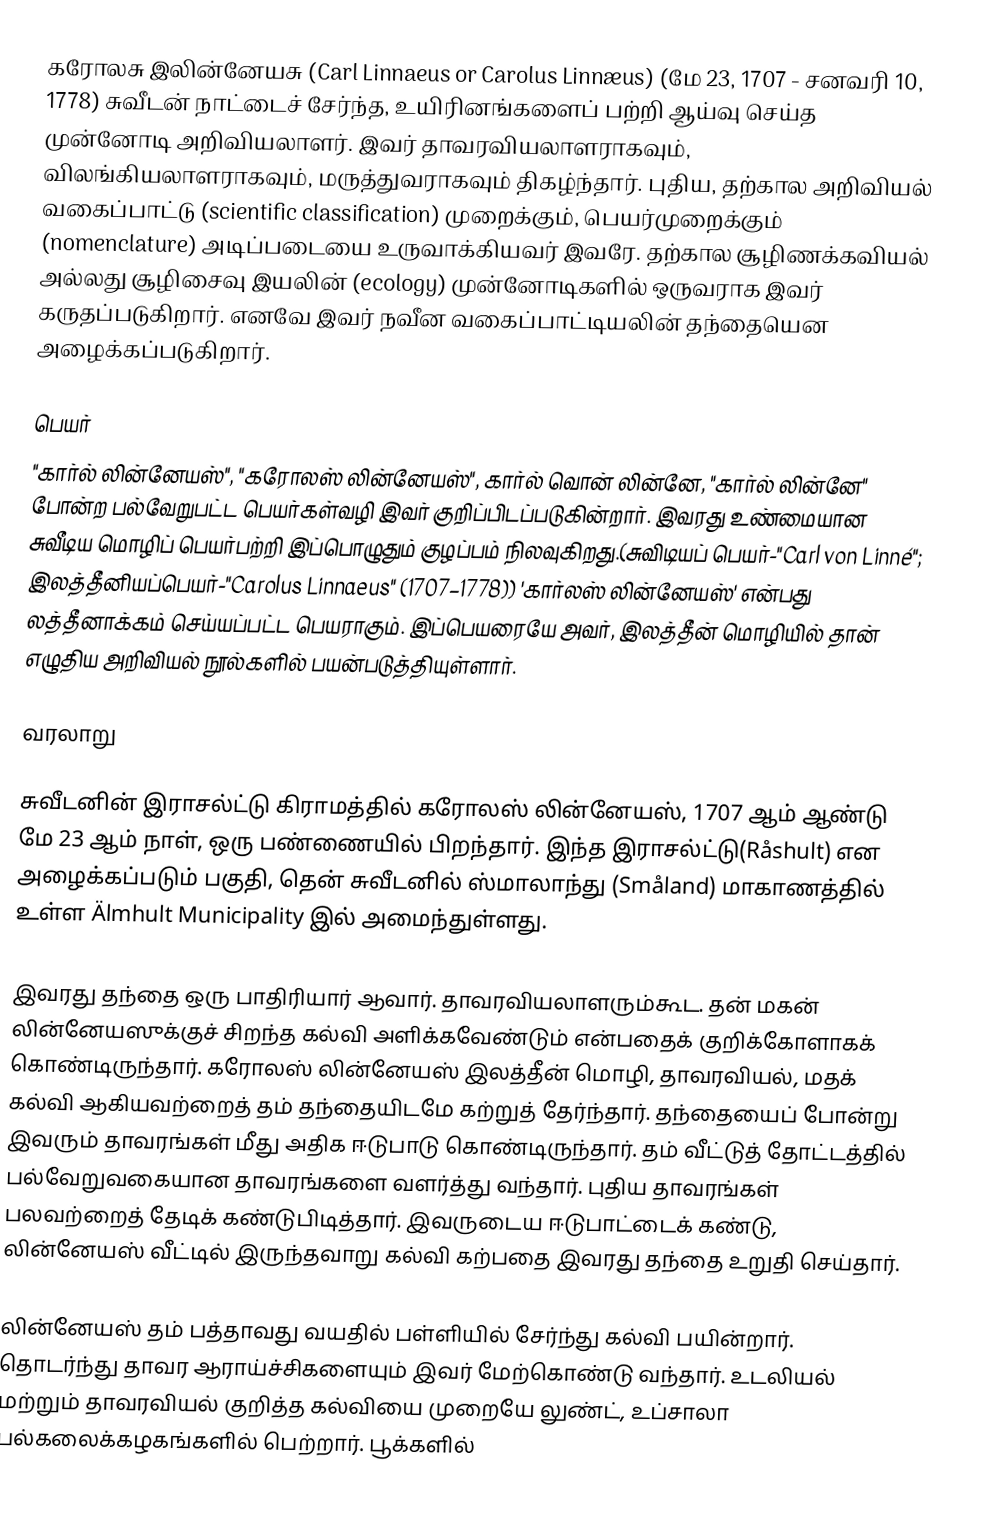
கரோலசு இலின்னேயசு (Carl Linnaeus or Carolus Linnæus) (மே 23, 1707 - சனவரி 10, 1778) சுவீடன் நாட்டைச் சேர்ந்த, உயிரினங்களைப் பற்றி ஆய்வு செய்த முன்னோடி அறிவியலாளர். இவர் தாவரவியலாளராகவும், விலங்கியலாளராகவும், மருத்துவராகவும் திகழ்ந்தார். புதிய, தற்கால அறிவியல் வகைப்பாட்டு (scientific classification) முறைக்கும், பெயர்முறைக்கும் (nomenclature) அடிப்படையை உருவாக்கியவர் இவரே. தற்கால சூழிணக்கவியல் அல்லது சூழிசைவு இயலின் (ecology) முன்னோடிகளில் ஒருவராக இவர் கருதப்படுகிறார். எனவே இவர் நவீன வகைப்பாட்டியலின் தந்தையென அழைக்கப்படுகிறார்.

பெயர்
"கார்ல் லின்னேயஸ்", "கரோலஸ் லின்னேயஸ்", கார்ல் வொன் லின்னே, "கார்ல் லின்னே" போன்ற பல்வேறுபட்ட பெயர்கள்வழி இவர் குறிப்பிடப்படுகின்றார். இவரது உண்மையான சுவீடிய மொழிப் பெயர்பற்றி இப்பொழுதும் குழப்பம் நிலவுகிறது.(சுவிடியப் பெயர்-"Carl von Linné"; இலத்தீனியப்பெயர்-"Carolus Linnaeus" (1707–1778)) 'கார்லஸ் லின்னேயஸ்' என்பது லத்தீனாக்கம் செய்யப்பட்ட பெயராகும். இப்பெயரையே அவர், இலத்தீன் மொழியில் தான் எழுதிய அறிவியல் நூல்களில் பயன்படுத்தியுள்ளார்.

வரலாறு

சுவீடனின் இராசல்ட்டு கிராமத்தில் கரோலஸ் லின்னேயஸ், 1707 ஆம் ஆண்டு மே 23 ஆம் நாள், ஒரு பண்ணையில் பிறந்தார். இந்த இராசல்ட்டு(Råshult) என அழைக்கப்படும் பகுதி, தென் சுவீடனில் ஸ்மாலாந்து (Småland) மாகாணத்தில் உள்ள Älmhult Municipality இல் அமைந்துள்ளது.

இவரது தந்தை ஒரு பாதிரியார் ஆவார்.  தாவரவியலாளரும்கூட. தன் மகன் லின்னேயஸுக்குச் சிறந்த கல்வி அளிக்கவேண்டும் என்பதைக் குறிக்கோளாகக்  கொண்டிருந்தார். கரோலஸ் லின்னேயஸ் இலத்தீன் மொழி, தாவரவியல், மதக் கல்வி ஆகியவற்றைத் தம் தந்தையிடமே கற்றுத் தேர்ந்தார். தந்தையைப் போன்று இவரும் தாவரங்கள் மீது அதிக ஈடுபாடு கொண்டிருந்தார். தம் வீட்டுத் தோட்டத்தில் பல்வேறுவகையான தாவரங்களை வளர்த்து வந்தார். புதிய தாவரங்கள் பலவற்றைத் தேடிக் கண்டுபிடித்தார். இவருடைய ஈடுபாட்டைக் கண்டு, லின்னேயஸ் வீட்டில் இருந்தவாறு கல்வி கற்பதை இவரது தந்தை உறுதி செய்தார்.

லின்னேயஸ் தம் பத்தாவது வயதில் பள்ளியில் சேர்ந்து கல்வி பயின்றார். தொடர்ந்து தாவர ஆராய்ச்சிகளையும் இவர் மேற்கொண்டு வந்தார். உடலியல் மற்றும் தாவரவியல் குறித்த கல்வியை முறையே லுண்ட், உப்சாலா பல்கலைக்கழகங்களில் பெற்றார். பூக்களில்